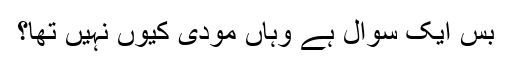
بس ایک سوال ہے وہاں مودی کیوں نہیں تھا؟